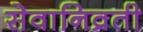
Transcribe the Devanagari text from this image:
सेवानिव्रती